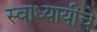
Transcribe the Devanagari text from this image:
स्वाध्यायींचे